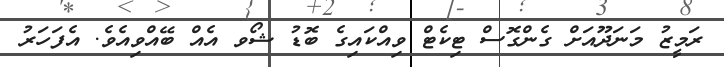
ރަމީޒު މަނަދޫއަށް ގެންގޮސް ޓިކެޓް ވިއްކައިގެ ބޮޑު ޝޯވ އެއް ބޭއްވިއެވެ. އެފަހަރު